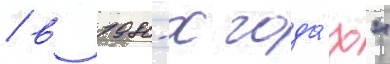
/ в 1980-х года́х"